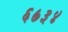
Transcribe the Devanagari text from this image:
६७३४